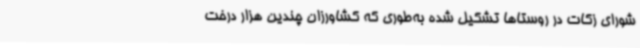
شورای زکات در روستاها تشکیل شده به‌طوری که کشاورزان چندین هزار درخت